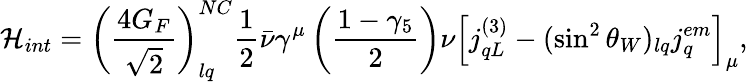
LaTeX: {\cal H}_{int}=\left({\frac{4G_{F}}{\sqrt 2}}\right)_{lq}^{NC}{\frac{1}{2}}\bar{\nu}\gamma^{\mu}\left({\frac{1-\gamma_{5}}{2}}\right)\nu\left[j_{qL}^{(3)}-(\sin^{2}\theta_{W})_{lq}j_{q}^{em}\right]_{\mu},